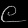
Digit: ၉